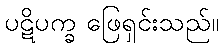
ပဋိပက္ခ ဖြေရှင်းသည်။